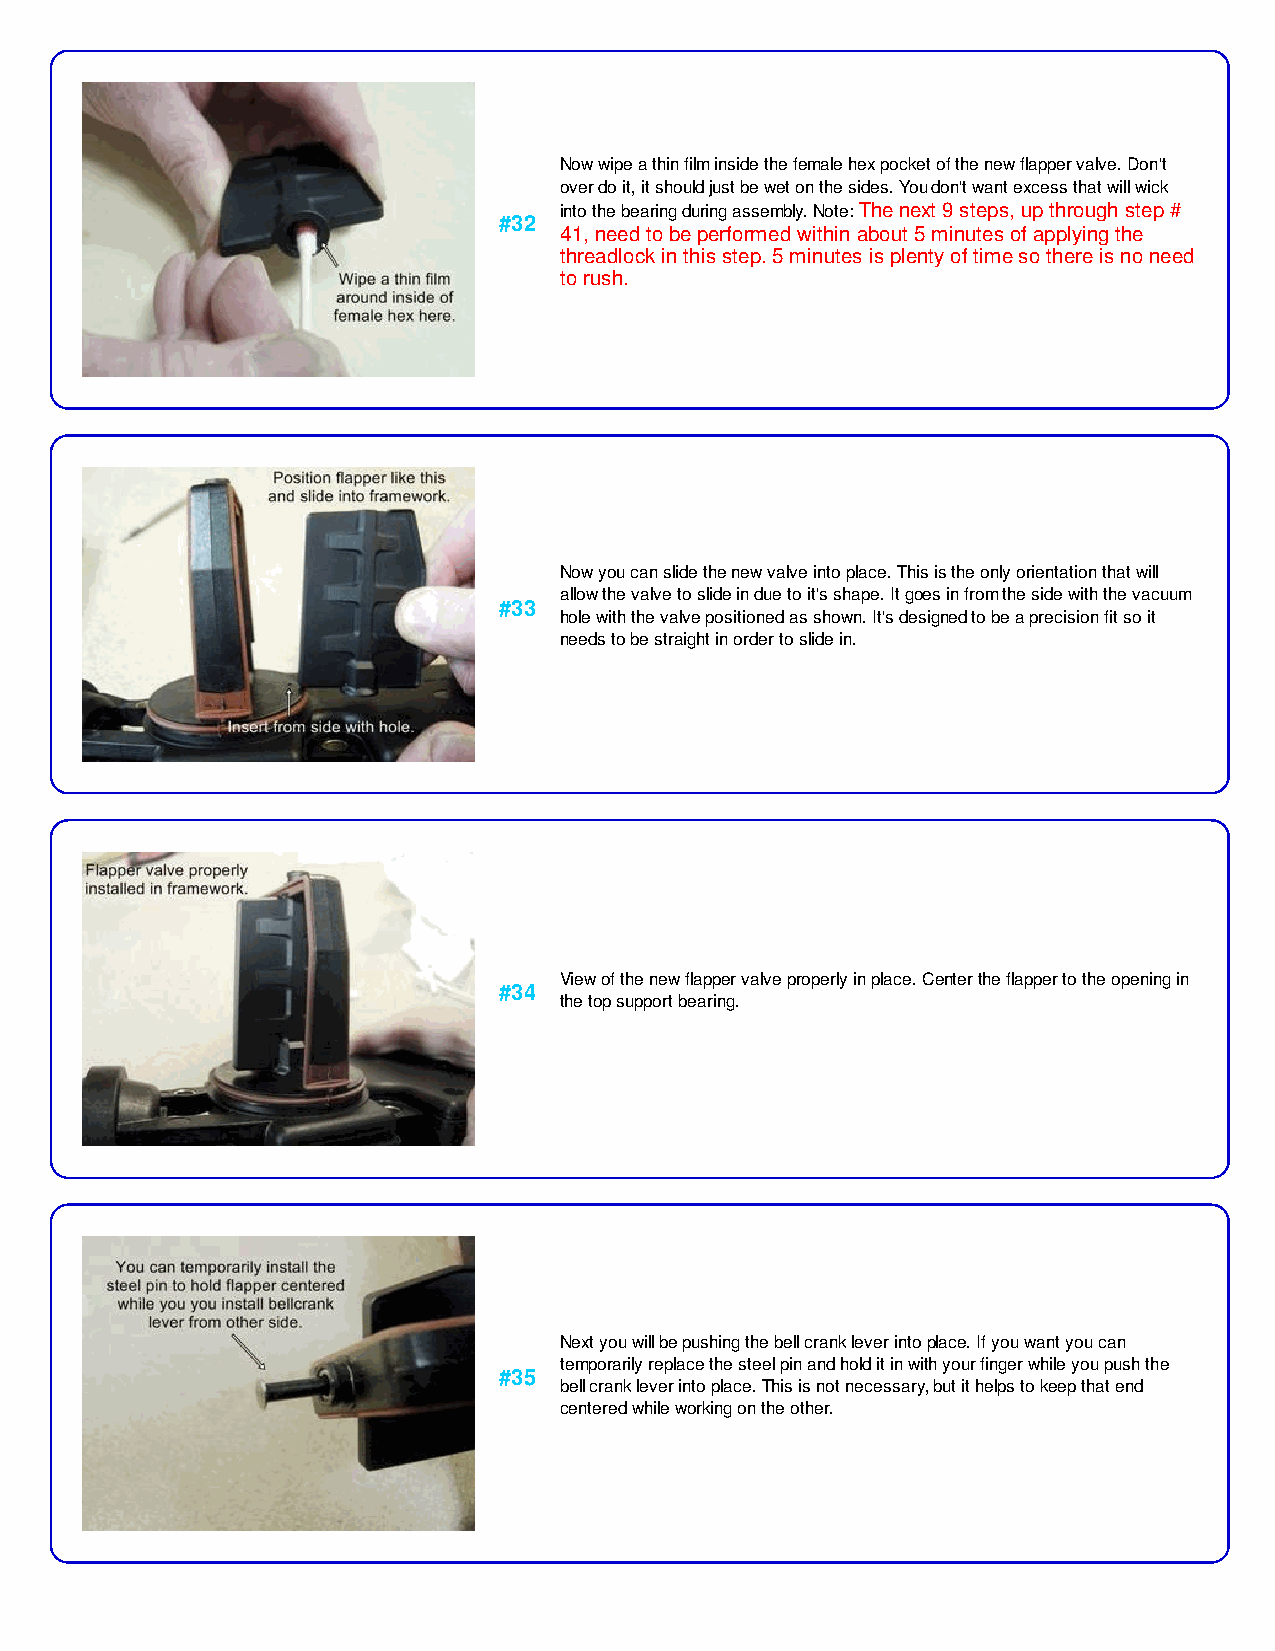
Now wipe a thin film inside the female hex pocket of the new flapper valve. Don't
 over do it, it should just be wet on the sides. You don't want excess that will wick
 into the bearing during assembly. Note: The next 9 steps, up through step #
 #32
 41, need to be performed within about 5 minutes of applying the
 threadlock in this step. 5 minutes is plenty of time so there is no need
 to rush.
 Now you can slide the new valve into place. This is the only orientation that will
 allow the valve to slide in due to it's shape. It goes in from the side with the vacuum
 #33
 hole with the valve positioned as shown. It's designed to be a precision fit so it
 needs to be straight in order to slide in.
 View of the new flapper valve properly in place. Center the flapper to the opening in
 #34
 the top support bearing.
 Next you will be pushing the bell crank lever into place. If you want you can
 temporarily replace the steel pin and hold it in with your finger while you push the
 #35
 bell crank lever into place. This is not necessary, but it helps to keep that end
 centered while working on the other.